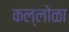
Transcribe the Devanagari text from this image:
कल्लोळा